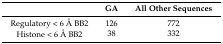
|  | GA | All Other Sequences |
 | --- | --- | --- |
 | Regulatory < 6 Å BB2 | 126 | 772 |
 | Histone < 6 Å BB2 | 38 | 332 |